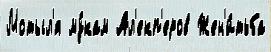
Мотыл'я му́кам Ал'екп'еров Жен'и́тьба